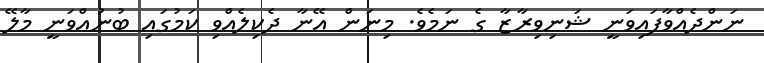
ނަންދެއްވާފައިވަނީ ޝަނިިވިރާޒާ ގެ ނަމެވެ. މިނަން އޭނާ ދެކިލެއްވި ކަމުގައި ބުނުއްވަނީ މާލޭ